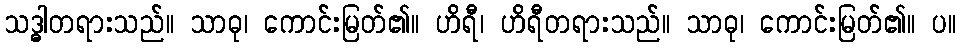
သဒ္ဓါတရားသည်။ သာဓု၊ ကောင်းမြတ်၏။ ဟိရီ၊ ဟိရီတရားသည်။ သာဓု၊ ကောင်းမြတ်၏။ ပ။